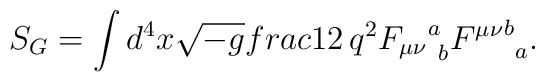
S_G = \int d^4x \sqrt{-g}  \\frac{1}{2\,q^2} {F_{\mu \nu}}^a_{\ b}{F^{\mu \nu}}^b_{\ a}.